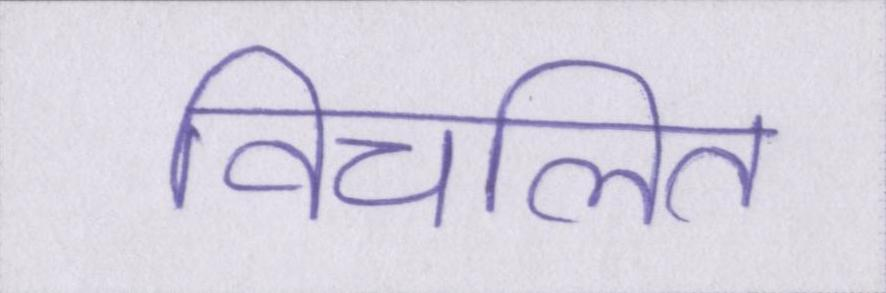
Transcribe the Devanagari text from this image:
विचलित